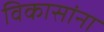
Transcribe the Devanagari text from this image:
विकासांना